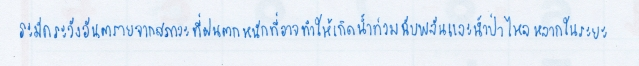
ระมัดระวังอันตรายจากสภาวะที่ฝนตกหนักที่อาจทำให้เกิดน้ำท่วมฉับพลันและน้ำป่าไหลหลากในระยะ